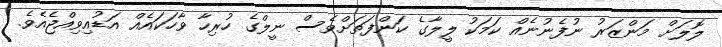
ލޮލަށް މަންޒަރު ނުފެނުނެއް ކަމަކު ލީލާގެ ކަންފަތަށްވެސް ނީލްގެ ހުރިހާ ވާހަކައެއް އަޑުއިވިއްޖެއެވެ.